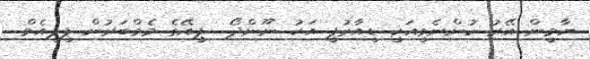
ޔާމީން އޭރު ހުންނެވީއަކީ ޑީއާރުޕީ އަކު ނޫންދޯ  ޕީއޭގެ މެމްބަރުން ޕީޕީއެމް